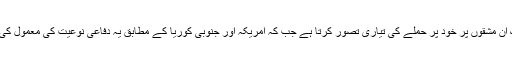
پیانگ یانگ ان مشقوں پر خود پر حملے کی تیاری تصور کرتا ہے جب کہ امریکہ اور جنوبی کوریا کے مطابق یہ دفاعی نوعیت کی معمول کی مشقیں ہیں۔